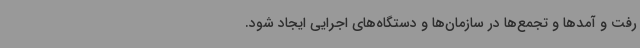
رفت و آمدها و تجمع‌ها در سازمان‌ها و دستگاه‌های اجرایی ایجاد شود.